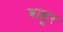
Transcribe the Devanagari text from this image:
बाहूर